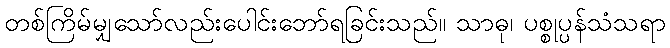
တစ်ကြိမ်မျှသော်လည်းပေါင်းဘော်ရခြင်းသည်။ သာဓု၊ ပစ္စုပ္ပန်သံသရာ